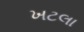
ખટલા